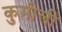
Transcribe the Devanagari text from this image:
कुमीली